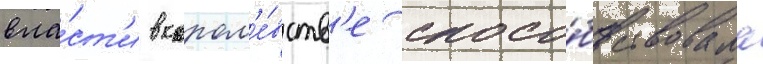
вла́ст'и в корол'е́вств'е спосо́бствовала